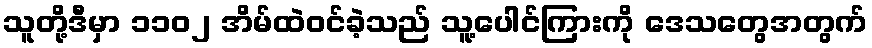
သူတို့ဒီမှာ ၁၁၀၂ အိမ်ထဲဝင်ခဲ့သည် သူ့ပေါင်ကြားကို ဒေသတွေအတွက်